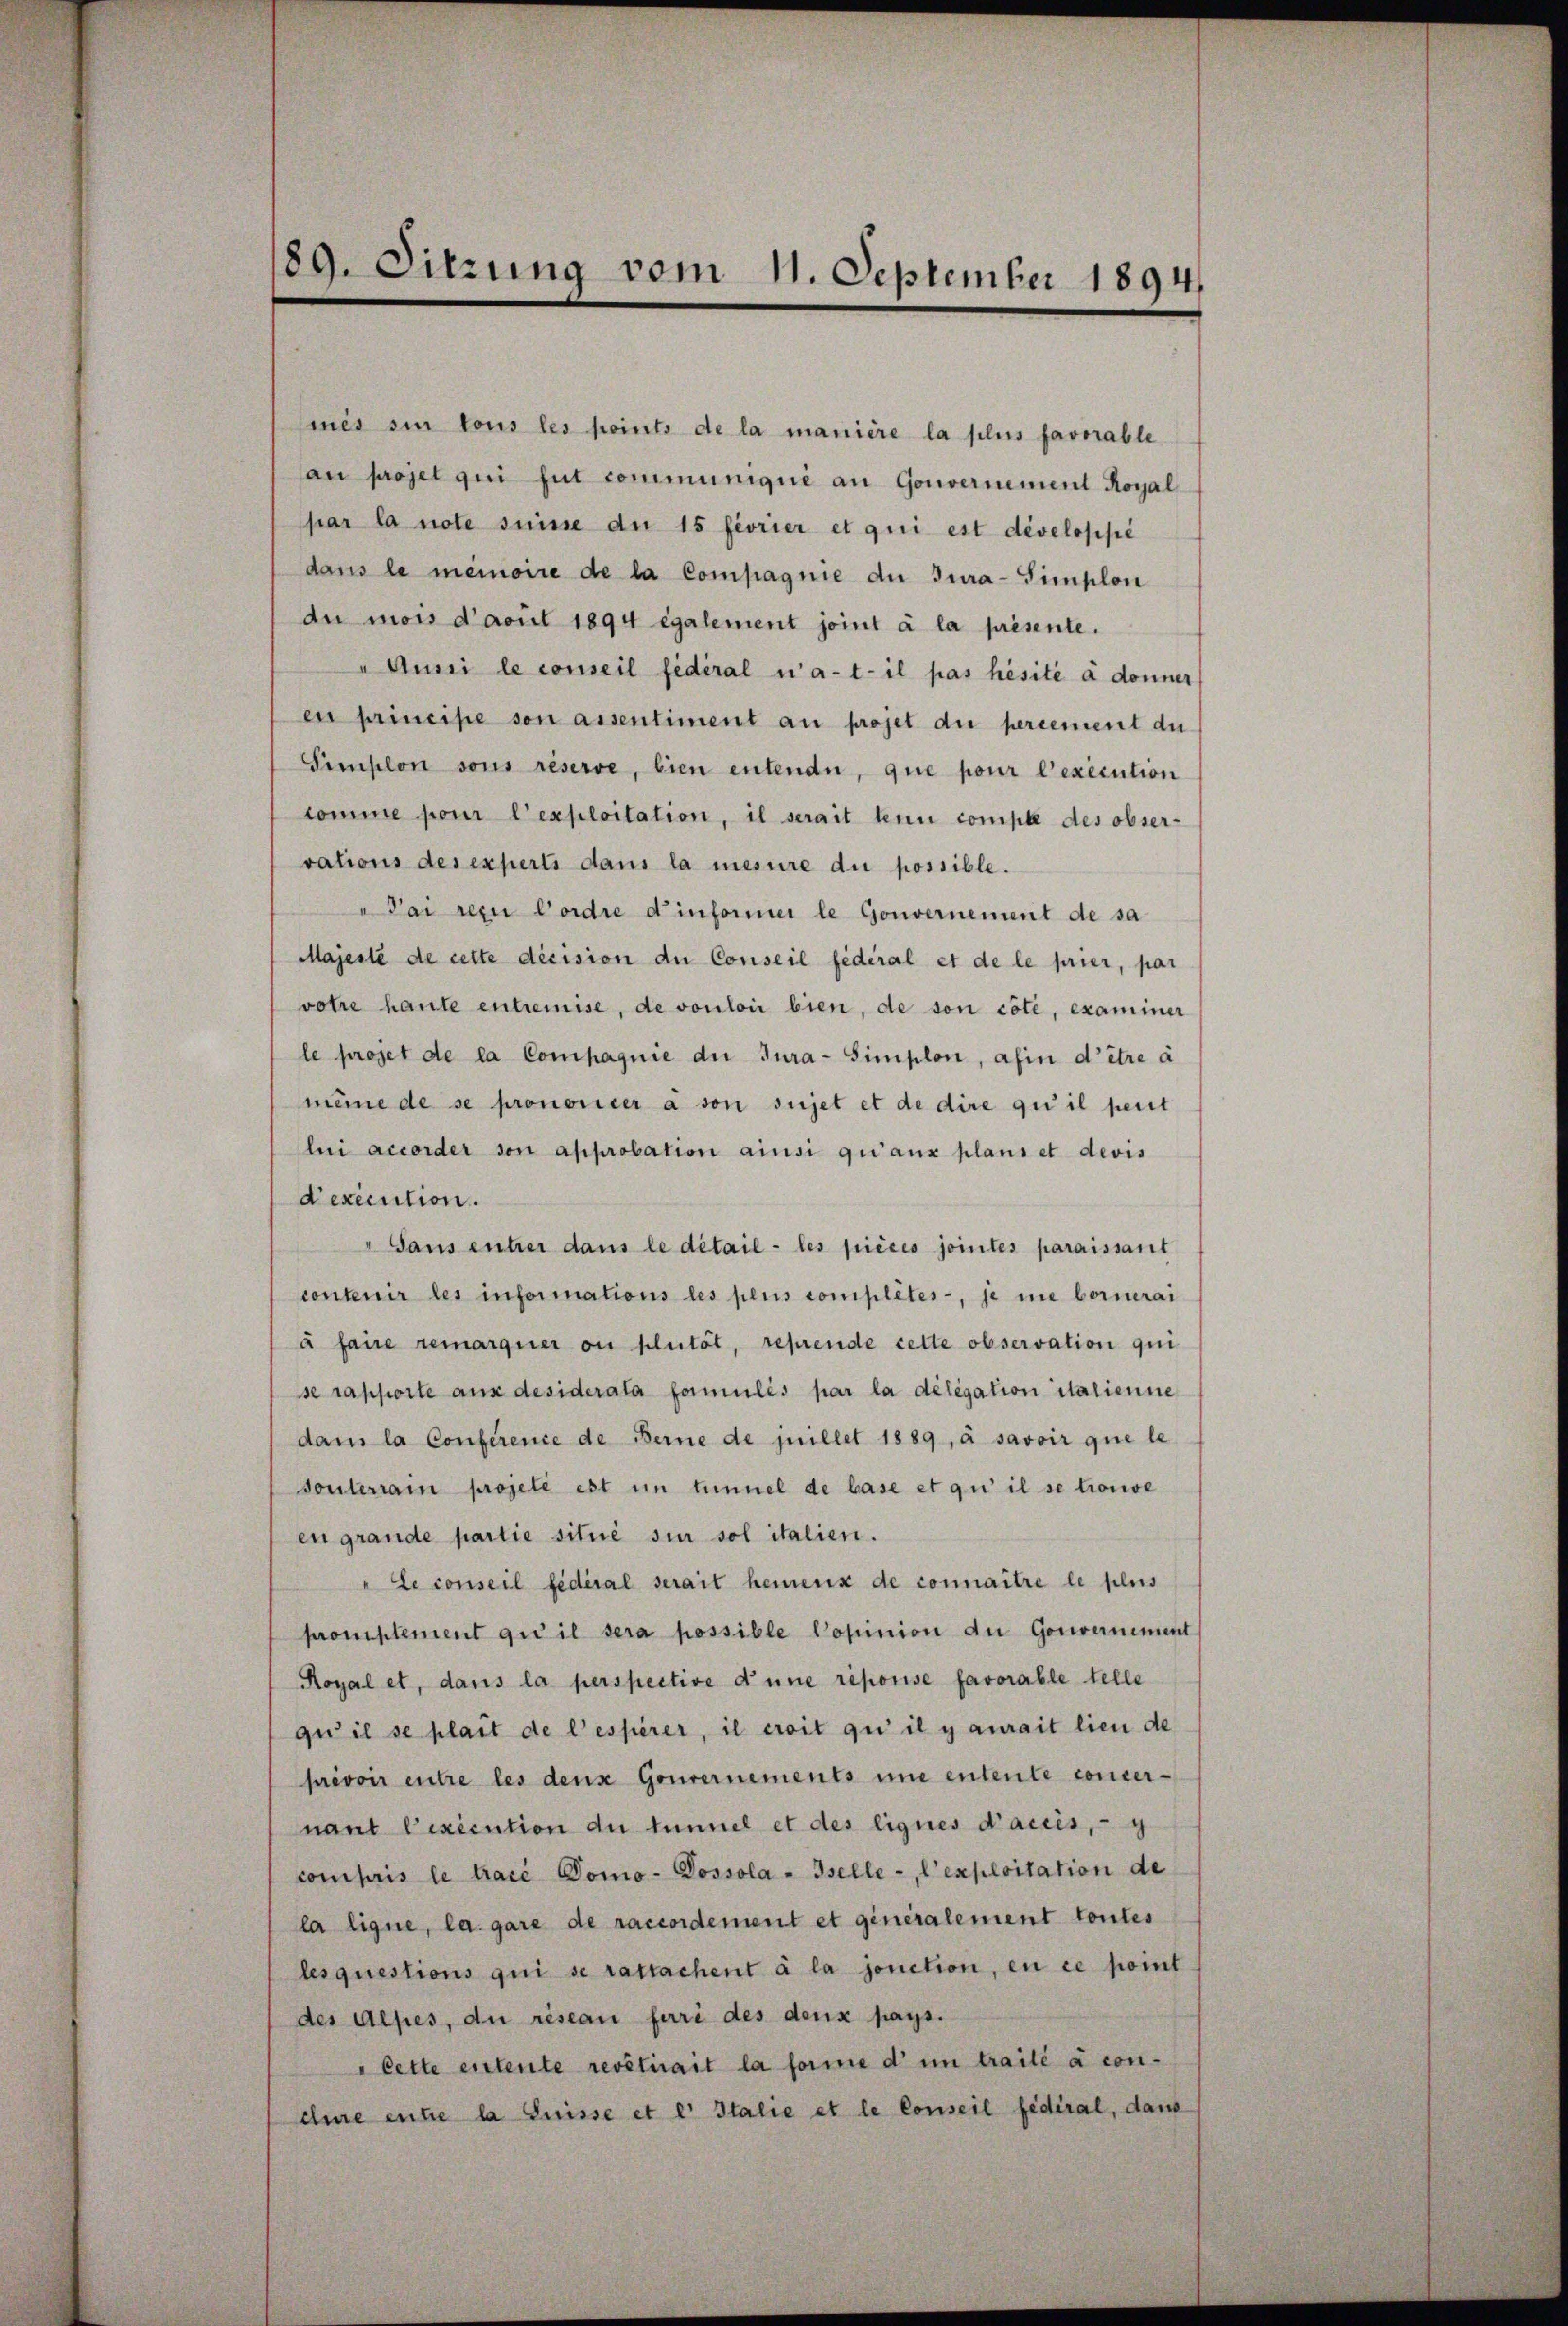
89. Sitzung vom 11. September 1894

mnis ein tous les points de la manière la plus favorable
an projet qui fut communique an Gouvernement Royal
par la note seine du 15 feorier et qui est développe
dans le meinoire de la Compagnie du Jura-Simplon
au mois d’avul 1894 egalement joint à la présente.
" Aussi le conseil fédéral n’a-t- il pas hésité à donner
en principe son assentiment au projet die percement du
Simplon sons réserve, bien entende, que pour l’exécution
komme pour l’exploitation, il serait tun compte des observations des experts dans la mesure die possible.
Pai rein Cordre d informer le Gouvernement de sa
Majesté de cette décision die Conseil fédéral et de le prier, par
votie haute entremise, de vouloir bien, de son cote, examiner
le projet de la Compagnie der Jura-Simplon, afin d’être à
meine de se prononcer à son sujet et de dire qu’il peut
lui accorder von approbation ainsi qu’aux plans et devis
dexecution.
" Saus entzer dans le détail - les pièces jointes paraissant
contenir les informations les pens complétes-, je me beruerai
à faire remarquer ou plutät, reprende cette observation qui
se rapporte aus desiderata formulis par la délégation italienne
dans la Conference de Berne de millet 1889, à savoir que le
souterrain projele est im tiennel de base et qui il se trouve
en grande partie situé sur sol italien.
" Le conseil fédéral serait heimenx de connaitre le plus
promplement qui il sera possible Popinion an Gouvernement
Royal et, dans la perspective d’une reporise favorable telle
qu’il se plait de l’espérer, il croit qu’ il y aurait lien de
prevoir entre les denn Gouvernements une entente concer-
nant Pexécution du tunnel et des lignes d’accès, - g
compris le taci Domo-Dossola - Iselle-, l’exploitation de
la ligne, la gare de raccordement et generalement toutes
lesquestions qui se rattachent à la jonction, en ce point
des Alpes, die resean furi des deux pays.
"Cette entente revêtirait la forme d in traité à con-
chue entre la Suisse et er Italie et le Conseil fédéral, dans